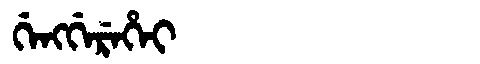
Manchu: ᡤᡝᠩᡤᡝᡵᡝᡥᡝᡳ
Romanization: GENGGEREHEI